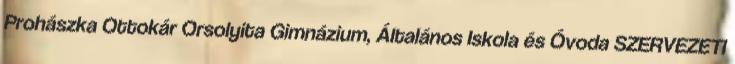
Prohászka Ottokár Orsolyita Gimnázium, Általános Iskola és Óvoda SZERVEZETI